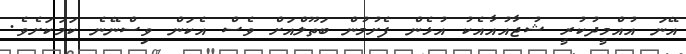
އޭނަ އުއްމީދުކުރީ ޝުޖާއުއާއެކު އުޅެން ފެށުމުން ބަތޫލްއަށް ވެސް އެކަން ވިސްނޭނެ ކަމަކަށެވެ.